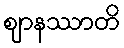
ဈာနဿာတိ